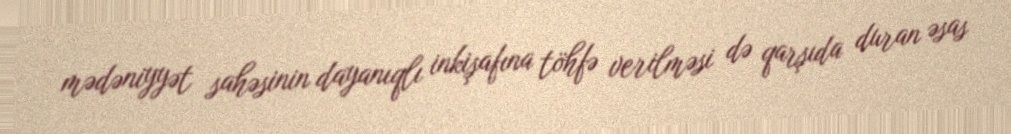
mədəniyyət sahəsinin dayanıqlı inkişafına töhfə verilməsi də qarşıda duran əsas